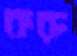
করু